Indian Civil Veterinary Department memoirs
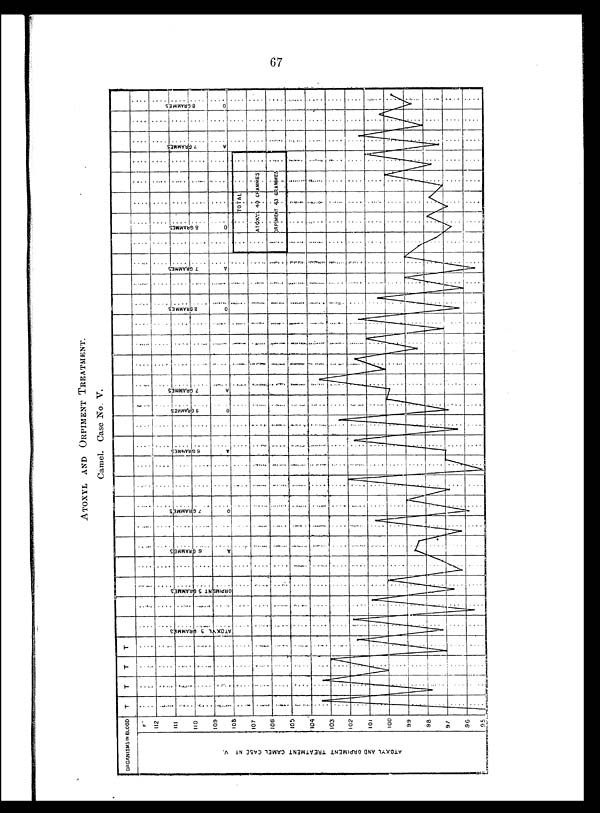
67
ATOXYL AND ORPIMENT TREATMENT.
Camel. Case No. V.